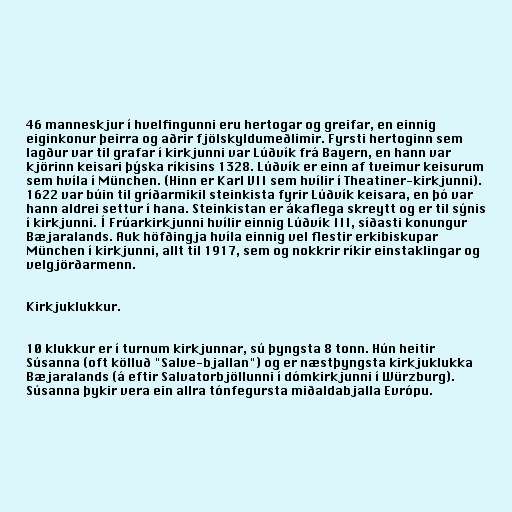
46 manneskjur í hvelfingunni eru hertogar og greifar, en einnig
eiginkonur þeirra og aðrir fjölskyldumeðlimir. Fyrsti hertoginn sem
lagður var til grafar í kirkjunni var Lúðvík frá Bayern, en hann var
kjörinn keisari þýska ríkisins 1328. Lúðvík er einn af tveimur keisurum
sem hvíla í München. (Hinn er Karl VII sem hvílir í Theatiner-kirkjunni).
1622 var búin til gríðarmikil steinkista fyrir Lúðvík keisara, en þó var
hann aldrei settur í hana. Steinkistan er ákaflega skreytt og er til sýnis
í kirkjunni. Í Frúarkirkjunni hvílir einnig Lúðvík III, síðasti konungur
Bæjaralands. Auk höfðingja hvíla einnig vel flestir erkibiskupar
München í kirkjunni, allt til 1917, sem og nokkrir ríkir einstaklingar og
velgjörðarmenn.

Kirkjuklukkur.

10 klukkur er í turnum kirkjunnar, sú þyngsta 8 tonn. Hún heitir
Súsanna (oft kölluð "Salve-bjallan") og er næstþyngsta kirkjuklukka
Bæjaralands (á eftir Salvatorbjöllunni í dómkirkjunni í Würzburg).
Súsanna þykir vera ein allra tónfegursta miðaldabjalla Evrópu.